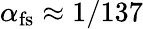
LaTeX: \alpha_{\mathrm{fs}}\approx 1/137